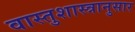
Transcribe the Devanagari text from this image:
वास्तुशास्त्रानुसार